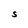
Character: S